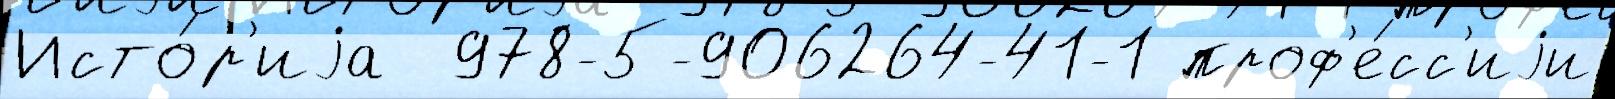
Исто́р'иjа  978-5-906264-41-1 проф'е́сс'иjи